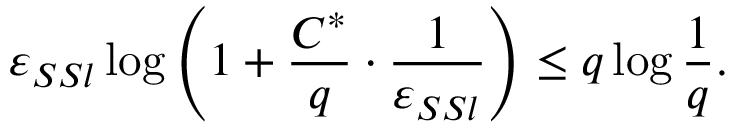
\varepsilon _ { S S l } \log \left( 1 + \frac { C ^ { * } } { q } \cdot \frac { 1 } { \varepsilon _ { S S l } } \right) \leq q \log \frac 1 q .